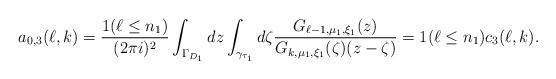
\begin{align*}a_{0,3}(\ell,k)=\frac {1(\ell\le n_1)}{(2\pi i)^2}\int_{\Gamma_{D_1}}dz\int_{\gamma_{\tau_1}}d\zeta\frac{G_{\ell-1,\mu_1,\xi_1}(z)}{G_{k,\mu_1,\xi_1}(\zeta)(z-\zeta)}=1(\ell\le n_1)c_3(\ell,k).\end{align*}